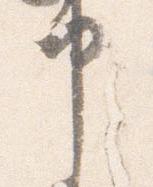
申